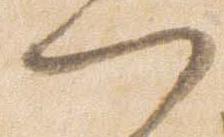
門